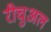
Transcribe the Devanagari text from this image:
रीचुअल